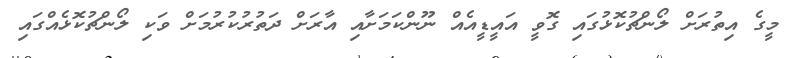
މީގެ އިތުރަށް ލޯންޗުކޮޅުގައި ގޮވީ އައީޑީއެއް ނޫންކަމަށާއި އާރަށް ދަތުރުކުރުމަށް ވަކި ލޯންޗުކޮޅެއްގައި